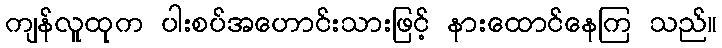
ကျန်လူထုက ပါးစပ်အဟောင်းသားဖြင့် နားထောင်နေကြ သည်။